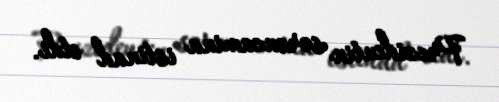
Prezidentin sərəncamina istinad etdi.